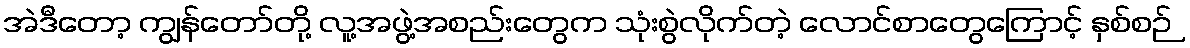
အဲဒီတော့ ကျွန်တော်တို့ လူ့အဖွဲ့အစည်းတွေက သုံးစွဲလိုက်တဲ့ လောင်စာတွေကြောင့် နှစ်စဉ်